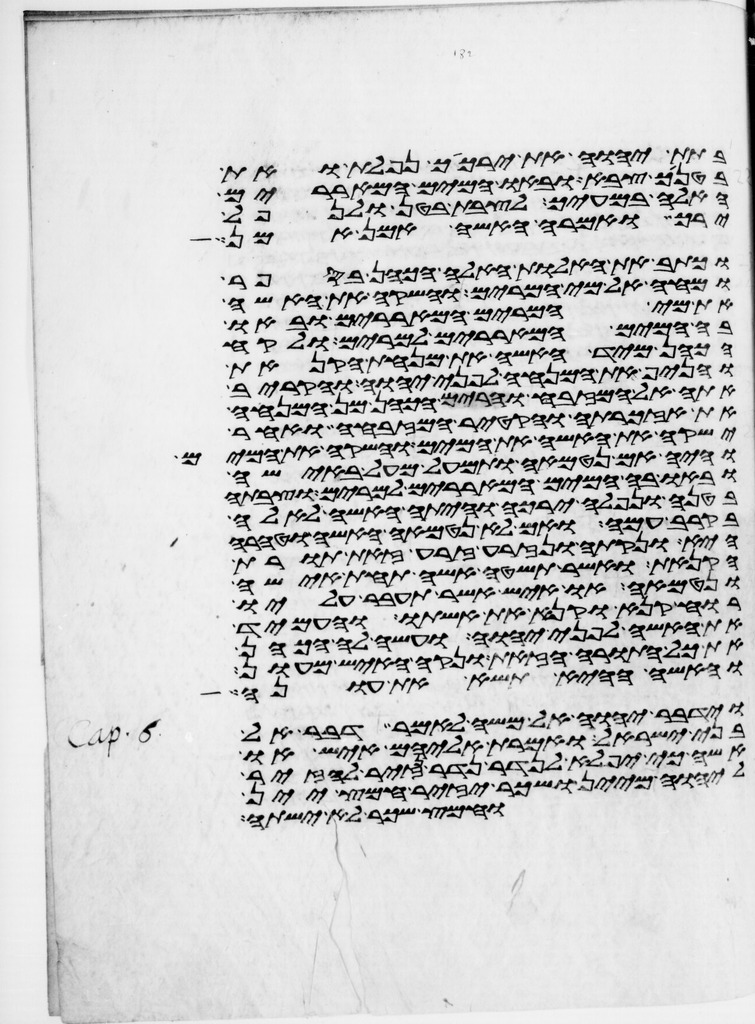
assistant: בתת יהוה את ירכיך נפלת ואת
בטניך צבא ובאו המים המאררים
האלה במעיך לצבת בטן ולנפל
ירך ואמרה האשה אמן אמן
וכתב את האלות האלה הכהן בספר
ומחה אל מי המרים והשקה את האשה
את מי המרים המאררים ובאו
בה המים המאררים למרים ולקח
הכהן מיד האשה את מנחת הקנאת
והניף את המנחה לפני יהוה והקריב
אתה אל המזבח והרים הכהן מן המנחה
את אזכרתה והקטיר המזבחה ואחר
ישקה את האשה את המים והשקה את המים
והיה אם נטמאה ותמעל מעל באישה
ובאו בה המים המאררים למרים וצבתה
בטנה ונפלה ירכה והיתה האשה לאלה
בקרב עמה ואם לא נטמאה האשה וטהרה
היא ונקתה ונזרעה זרע זאת תורת
הקנאת אשר תשטה אשה תחת אישה
ונטמאה או איש אשר תעבר עליו
רוח קנאה וקנא את אשתו והעמיד
את האשה לפני יהוה ועשה לה הכהן
את כל התורה הזאת ונקה האיש מעון
והאשה ההיא תשא את עונה
וידבר יהוה אל משה לאמר דבר אל
בני ישראל ואמרת אליהם איש או
אשה כי יפלא לנדר נדר נזיר להזיר
ליהוה מיין ושכר יזיר חמץ יין
וחמץ שכר לא ישתה